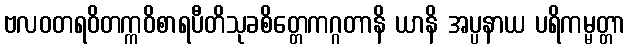
ဗလဝတရဝိတက္ကဝိစာရပီတိသုခစိတ္တေကဂ္ဂတာနိ ယာနိ အပ္ပနာယ ပရိကမ္မတ္တာ